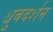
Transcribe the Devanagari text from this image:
ध्रुवदर्शन